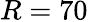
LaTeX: R=70